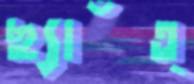
ছ্যাঁত্